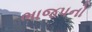
ભાજપનો